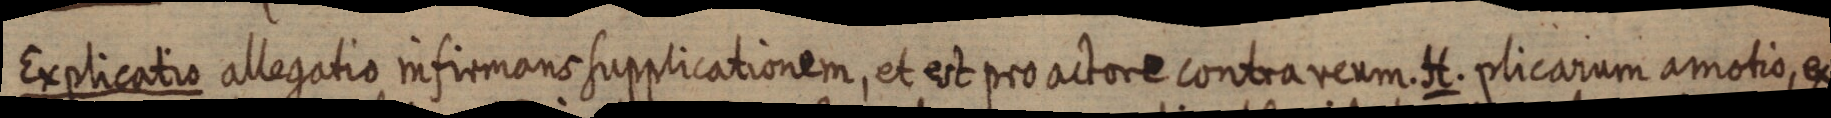
Explicatio allegatio infirmans supplicationem, et est pro actore contra reum H. plicarum amotio, ex